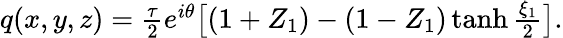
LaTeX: \begin{array}{r}{q(x,y,z)=\frac{\tau}{2}e^{i\theta}\big[(1+Z_{1})-(1-Z_{1})\operatorname{tanh}\frac{\xi_{1}}{2}\big].}\end{array}